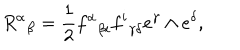
LaTeX: { { \, R ^ { \alpha } } } _ { \beta } = { \frac { 1 } { 2 } } { f ^ { \alpha } } _ { \beta i } { f ^ { i } } _ { \gamma \delta } e ^ { \gamma } \wedge e ^ { \delta } ,